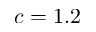
c = 1 . 2